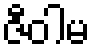
ဇီဝါမ